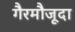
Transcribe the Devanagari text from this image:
गैरमौजूदा